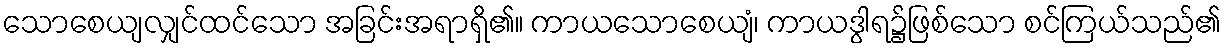
သောစေယျလျှင်ထင်သော အခြင်းအရာရှိ၏။ ကာယသောစေယျံ၊ ကာယဒွါရ၌ဖြစ်သော စင်ကြယ်သည်၏